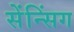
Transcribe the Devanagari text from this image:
सेंन्सिंग